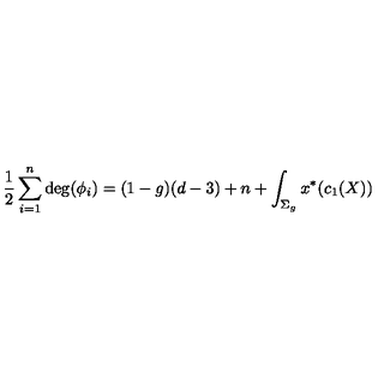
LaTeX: { \frac { 1 } { 2 } } \sum _ { i = 1 } ^ { n } \mathrm { d e g } ( \phi _ { i } ) = ( 1 - g ) ( d - 3 ) + n + \int _ { \Sigma _ { g } } x ^ { * } ( c _ { 1 } ( X ) )